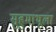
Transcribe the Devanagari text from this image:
सुहुमाथूला